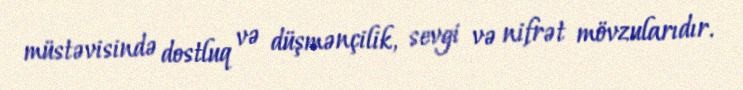
müstəvisində dostluq və düşmənçilik, sevgi və nifrət mövzularıdır.